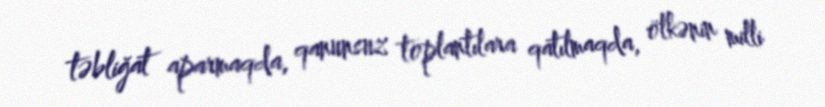
təbliğat aparmaqda, qanunsuz toplantılara qatılmaqda, ölkənin milli